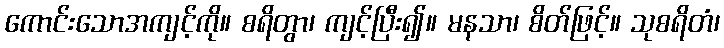
ကောင်းသောအကျင့်ကို။ စရိတွာ၊ ကျင့်ပြီး၍။ မနသာ၊ စိတ်ဖြင့်။ သုစရိတံ၊